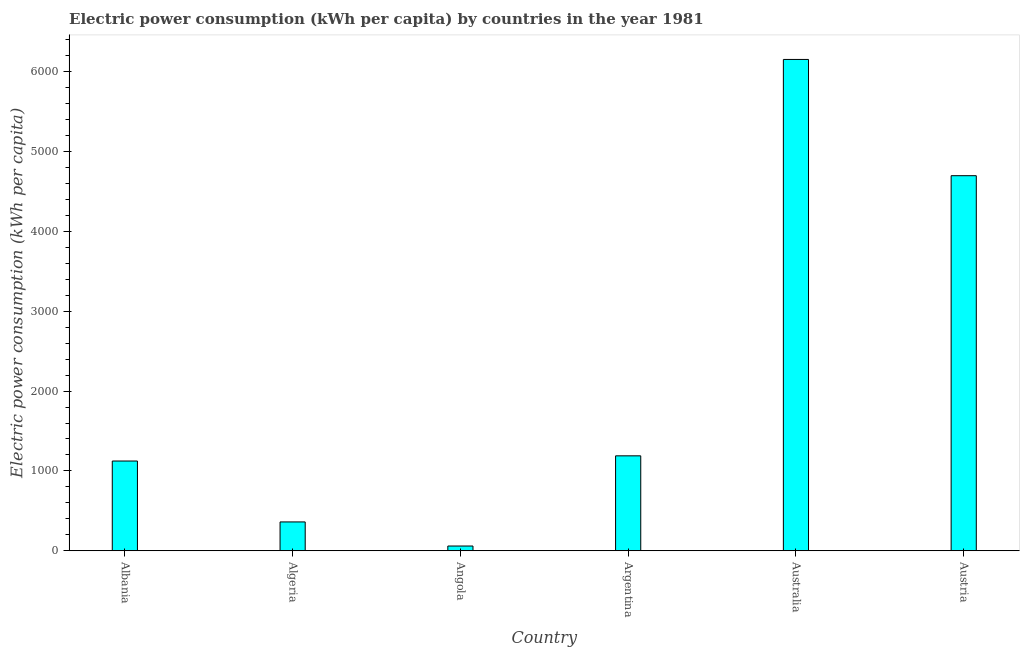
| Country | Electric power consumption |
 | --- | --- |
 | Albania | 1.12e+03 |
 | Algeria | 361 |
 | Angola | 59.5 |
 | Argentina | 1.19e+03 |
 | Australia | 6.15e+03 |
 | Austria | 4.7e+03 |